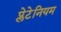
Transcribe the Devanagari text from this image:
प्लेटेनियम